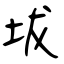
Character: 坺